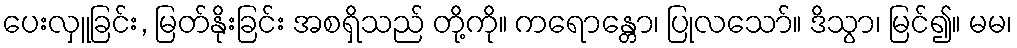
ပေးလှူခြင်း, မြတ်နိုးခြင်း အစရှိသည် တို့ကို။ ကရောန္တော၊ ပြုလသော်။ ဒိသွာ၊ မြင်၍။ မမ၊